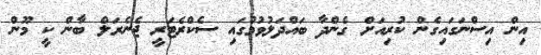
އިން އިސްނަގައިގެން ކުރިއަށް ގެންދާ ބައްދަލުވުމުގައި ސެކްރެޓަރީ ޖެނެރަލް ބާން ކީ މޫން